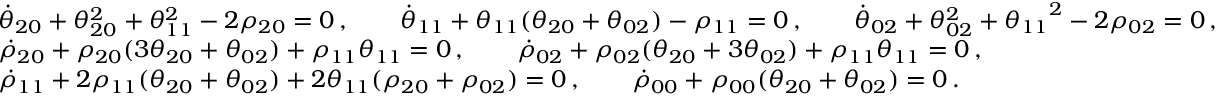
\begin{array} { r l } & { \dot { \theta } _ { 2 0 } + \theta _ { 2 0 } ^ { 2 } + \theta _ { 1 1 } ^ { 2 } - 2 \rho _ { 2 0 } = 0 \, , \qquad \dot { \theta } _ { 1 1 } + { \theta _ { 1 1 } } ( \theta _ { 2 0 } + \theta _ { 0 2 } ) - \rho _ { 1 1 } = 0 \, , \qquad \dot { \theta } _ { 0 2 } + \theta _ { 0 2 } ^ { 2 } + { \theta _ { 1 1 } } ^ { 2 } - 2 \rho _ { 0 2 } = 0 \, , } \\ & { \dot { \rho } _ { 2 0 } + \rho _ { 2 0 } ( 3 \theta _ { 2 0 } + \theta _ { 0 2 } ) + \rho _ { 1 1 } { \theta _ { 1 1 } } = 0 \, , \qquad \dot { \rho } _ { 0 2 } + \rho _ { 0 2 } ( \theta _ { 2 0 } + 3 \theta _ { 0 2 } ) + \rho _ { 1 1 } { \theta _ { 1 1 } } = 0 \, , } \\ & { \dot { \rho } _ { 1 1 } + 2 \rho _ { 1 1 } ( \theta _ { 2 0 } + \theta _ { 0 2 } ) + 2 { \theta _ { 1 1 } } ( \rho _ { 2 0 } + \rho _ { 0 2 } ) = 0 \, , \qquad \dot { \rho } _ { 0 0 } + \rho _ { 0 0 } ( \theta _ { 2 0 } + \theta _ { 0 2 } ) = 0 \, . } \end{array}